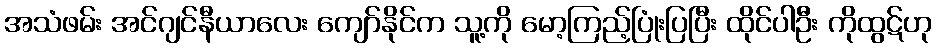
အသံဖမ်း အင်ဂျင်နီယာလေး ကျော်နိုင်က သူ့ကို မော့ကြည့်ပြုံးပြပြီး ထိုင်ပါဦး ကိုထွဋ်ဟု